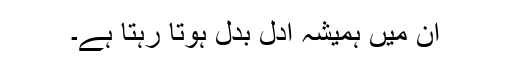
ان میں ہمیشہ ادل بدل ہوتا رہتا ہے۔